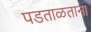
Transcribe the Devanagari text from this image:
पडताळताना